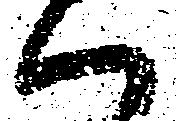
ハ